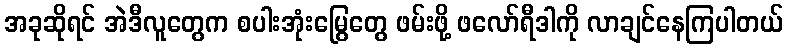
အခုဆိုရင် အဲဒီလူတွေက စပါးအုံးမြွေတွေ ဖမ်းဖို့ ဖလော်ရီဒါကို လာချင်နေကြပါတယ်